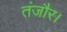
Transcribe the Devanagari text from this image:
तंजौर।